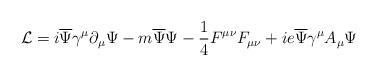
LaTeX: \begin{align*}{\mathcal{L}} = i{\overline{\Psi}}\gamma^\mu \partial_\mu\Psi - m{\overline{\Psi}}\Psi-\frac{1}{4}F^{\mu\nu}F_{\mu\nu}+ie\overline{\Psi} {\gamma^\mu} {A_\mu} {\Psi} \end{align*}